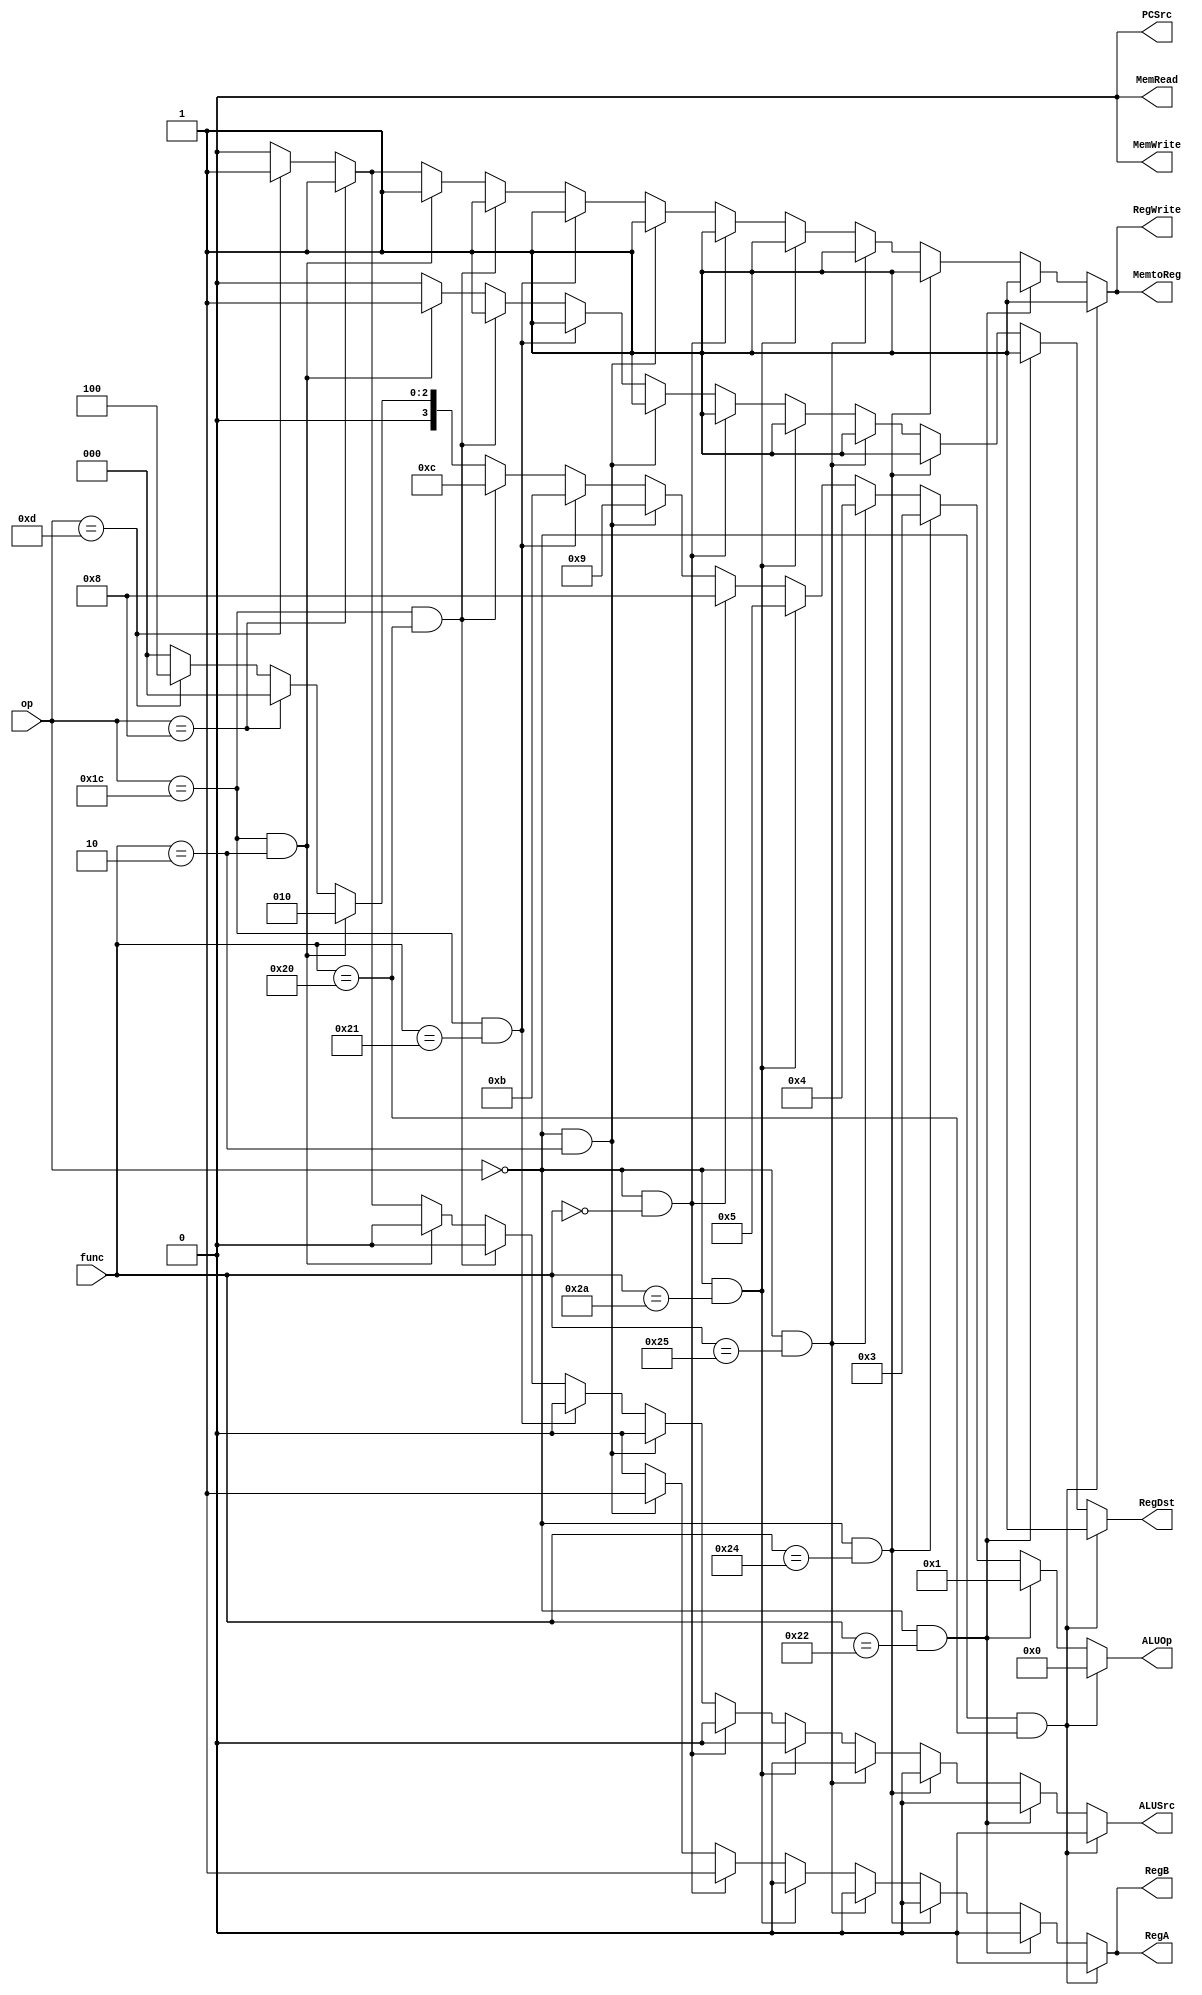
`timescale 1ns / 1ps

//////////////////////////////////////////////////////////////////////////////////
// Company: ECE274
// 
// Additional Comments: 
// The controller for Task 1
// 
//////////////////////////////////////////////////////////////////////////////////


module controller(op, func, RegDst, RegWrite, ALUSrc, ALUOp,
     MemRead, MemWrite, MemtoReg, PCSrc, RegA, RegB);

    input [5:0] op, func;
    output reg RegDst, RegWrite, ALUSrc, MemRead, MemWrite,
         MemtoReg, PCSrc, RegA, RegB;
    output reg [3:0] ALUOp;
    
            
    always @ (op,func ) begin
      
                  
                  if ((op == 6'b000000) && (func == 6'b100000))begin
                    RegDst <= 1; RegWrite <= 1;
                    ALUSrc <= 0; MemRead <= 0; MemWrite <= 0;
                    MemtoReg <= 1; PCSrc <= 0; RegA <= 0; RegB <= 0;
                    ALUOp <= 4'd0;
                  end
                  
                  else if ((op == 6'b000000) && (func == 6'b100010))begin
                    RegDst <= 1; RegWrite <= 1;
                    ALUSrc <= 0; MemRead <= 0; MemWrite <= 0;
                    MemtoReg <= 1; PCSrc <= 0; RegA <= 0; RegB <= 0;
                    ALUOp <= 4'b0001;
                  end
                  
                  else if ((op == 6'b000000) && (func == 6'b100100)) begin
                      RegDst <= 1; RegWrite <= 1;
                      ALUSrc <= 0; MemRead <= 0; MemWrite <= 0;
                      MemtoReg <= 1; PCSrc <= 0; RegA <= 0; RegB <= 0;
                      ALUOp <= 4'b0011;
                  end
                      
                  else if ((op == 6'b000000) && (func == 6'b100101)) begin
                      RegDst <= 1; RegWrite <= 1;
                      ALUSrc <= 0; MemRead <= 0; MemWrite <= 0;
                      MemtoReg <= 1; PCSrc <= 0; RegA <= 0; RegB <= 0;
                      ALUOp <= 4'b0100;
                  end
                  
                  else if ((op == 6'b000000) && (func == 6'b101010))begin
                      RegDst <= 1; RegWrite <= 1;
                      ALUSrc <= 0; MemRead <= 0; MemWrite <= 0;
                      MemtoReg <= 1; PCSrc <= 0; RegA <= 0; RegB <= 0;
                      ALUOp <= 4'b0101;
                  end
                  
                  else if ((op == 6'b000000) && (func == 6'b000000))begin
                      RegDst <= 1; RegWrite <= 1;
                      ALUSrc <= 0; MemRead <= 0; MemWrite <= 0;
                      MemtoReg <= 1; PCSrc <= 0; RegA <= 1; RegB <= 1;
                      ALUOp <= 4'b1000;
                  end
                  
                  else if ((op == 6'b000000) && (func == 6'b000010))begin
                      RegDst <= 1; RegWrite <= 1;
                      ALUSrc <= 0; MemRead <= 0; MemWrite <= 0;
                      MemtoReg <= 1; PCSrc <= 0; RegA <= 1; RegB <= 1;
                      ALUOp <= 4'b1001;
                  end
                  
                  else if ((op == 6'b011100) && (func == 6'b100001))begin
                      RegDst <= 1; RegWrite <= 1;
                      ALUSrc <= 0; MemRead <= 0; MemWrite <= 0;
                      MemtoReg <= 1; PCSrc <= 0; RegA <= 0; RegB <= 0;
                      ALUOp <= 4'b1011;
                  end
                  
                  else if ((op == 6'b011100) && (func == 6'b100000))begin
                      RegDst <= 1; RegWrite <= 1;
                      ALUSrc <= 0; MemRead <= 0; MemWrite <= 0;
                      MemtoReg <= 1; PCSrc <= 0; RegA <= 0; RegB <= 0;
                      ALUOp <= 4'b1100;
                  end
                 
                  else if ((op == 6'b011100) && (func == 6'b000010)) begin
                      RegDst <= 1; RegWrite <= 1;
                      ALUSrc <= 0; MemRead <= 0; MemWrite <= 0;
                      MemtoReg <= 1; PCSrc <= 0; RegA <= 0; RegB <= 0;
                      ALUOp <= 4'b0010;
                  end
                  
                  else if ((op == 6'b001000))begin
                      RegDst <= 0; RegWrite <= 1;
                      ALUSrc <= 1; MemRead <= 0; MemWrite <= 0;
                      MemtoReg <= 1; PCSrc <= 0; RegA <= 0; RegB <= 0;
                      ALUOp <= 4'b0000;
                  end
                  
                  else if ((op == 6'b001101))begin
                      RegDst <= 0; RegWrite <= 1;
                      ALUSrc <= 1; MemRead <= 0; MemWrite <= 0;
                      MemtoReg <= 1; PCSrc <= 0; RegA <= 0; RegB <= 0;
                      ALUOp <= 4'b0100;
                  end
                  
                  else begin
                        RegDst <= 0; RegWrite <= 0;
                        ALUSrc <= 0; ALUOp <= 4'd0; MemRead <= 0; MemWrite <= 0;
                        MemtoReg <= 0; PCSrc <= 0; RegA <= 0; RegB <= 0;
                  end
                  
           end
        
endmodule